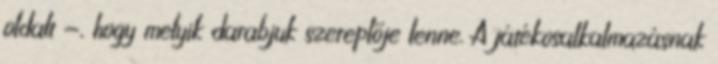
oldalt —, hogy melyik darabjuk szereplője lenne. A játékosalkalmazásnak